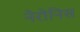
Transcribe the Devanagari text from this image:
नेरोनिस